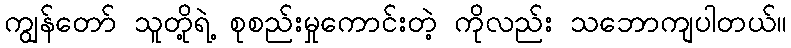
ကျွန်တော် သူတို့ရဲ့ စုစည်းမှုကောင်းတဲ့ ကိုလည်း သဘောကျပါတယ်။